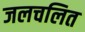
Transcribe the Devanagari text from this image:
जलचलित